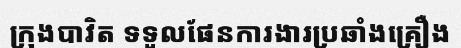
ក្រុងបាវិត ទទួលផែនការងារប្រឆាំងគ្រឿង